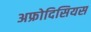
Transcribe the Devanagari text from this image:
अफ्रोदिसियस